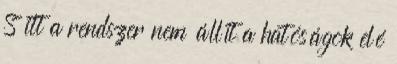
S itt a rendszer nem állít a hatóságok elé